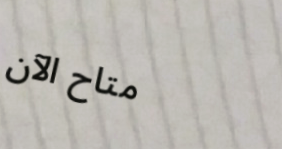
متاح الآن